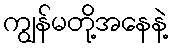
ကျွန်မတို့အနေနဲ့